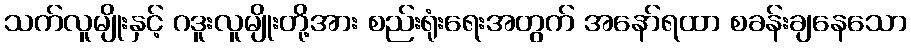
သက်လူမျိုးနှင့် ဂဒူးလူမျိုးတို့အား စည်းရုံးရေးအတွက် အနော်ရထာ စခန်းချနေသော